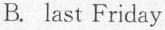
B. last Friday